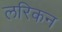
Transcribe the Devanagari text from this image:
लरिकन